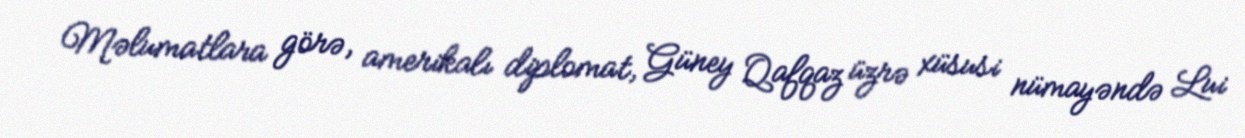
Məlumatlara görə, amerikalı diplomat, Güney Qafqaz üzrə xüsusi nümayəndə Lui